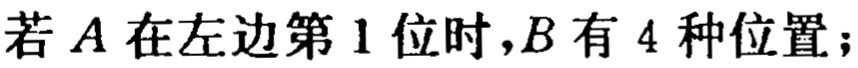
若 \(A\) 在左边第 \(1\) 位时，\(B\) 有 \(4\) 种位置；